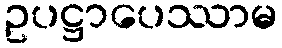
ဥပဋ္ဌာပေဿာမ